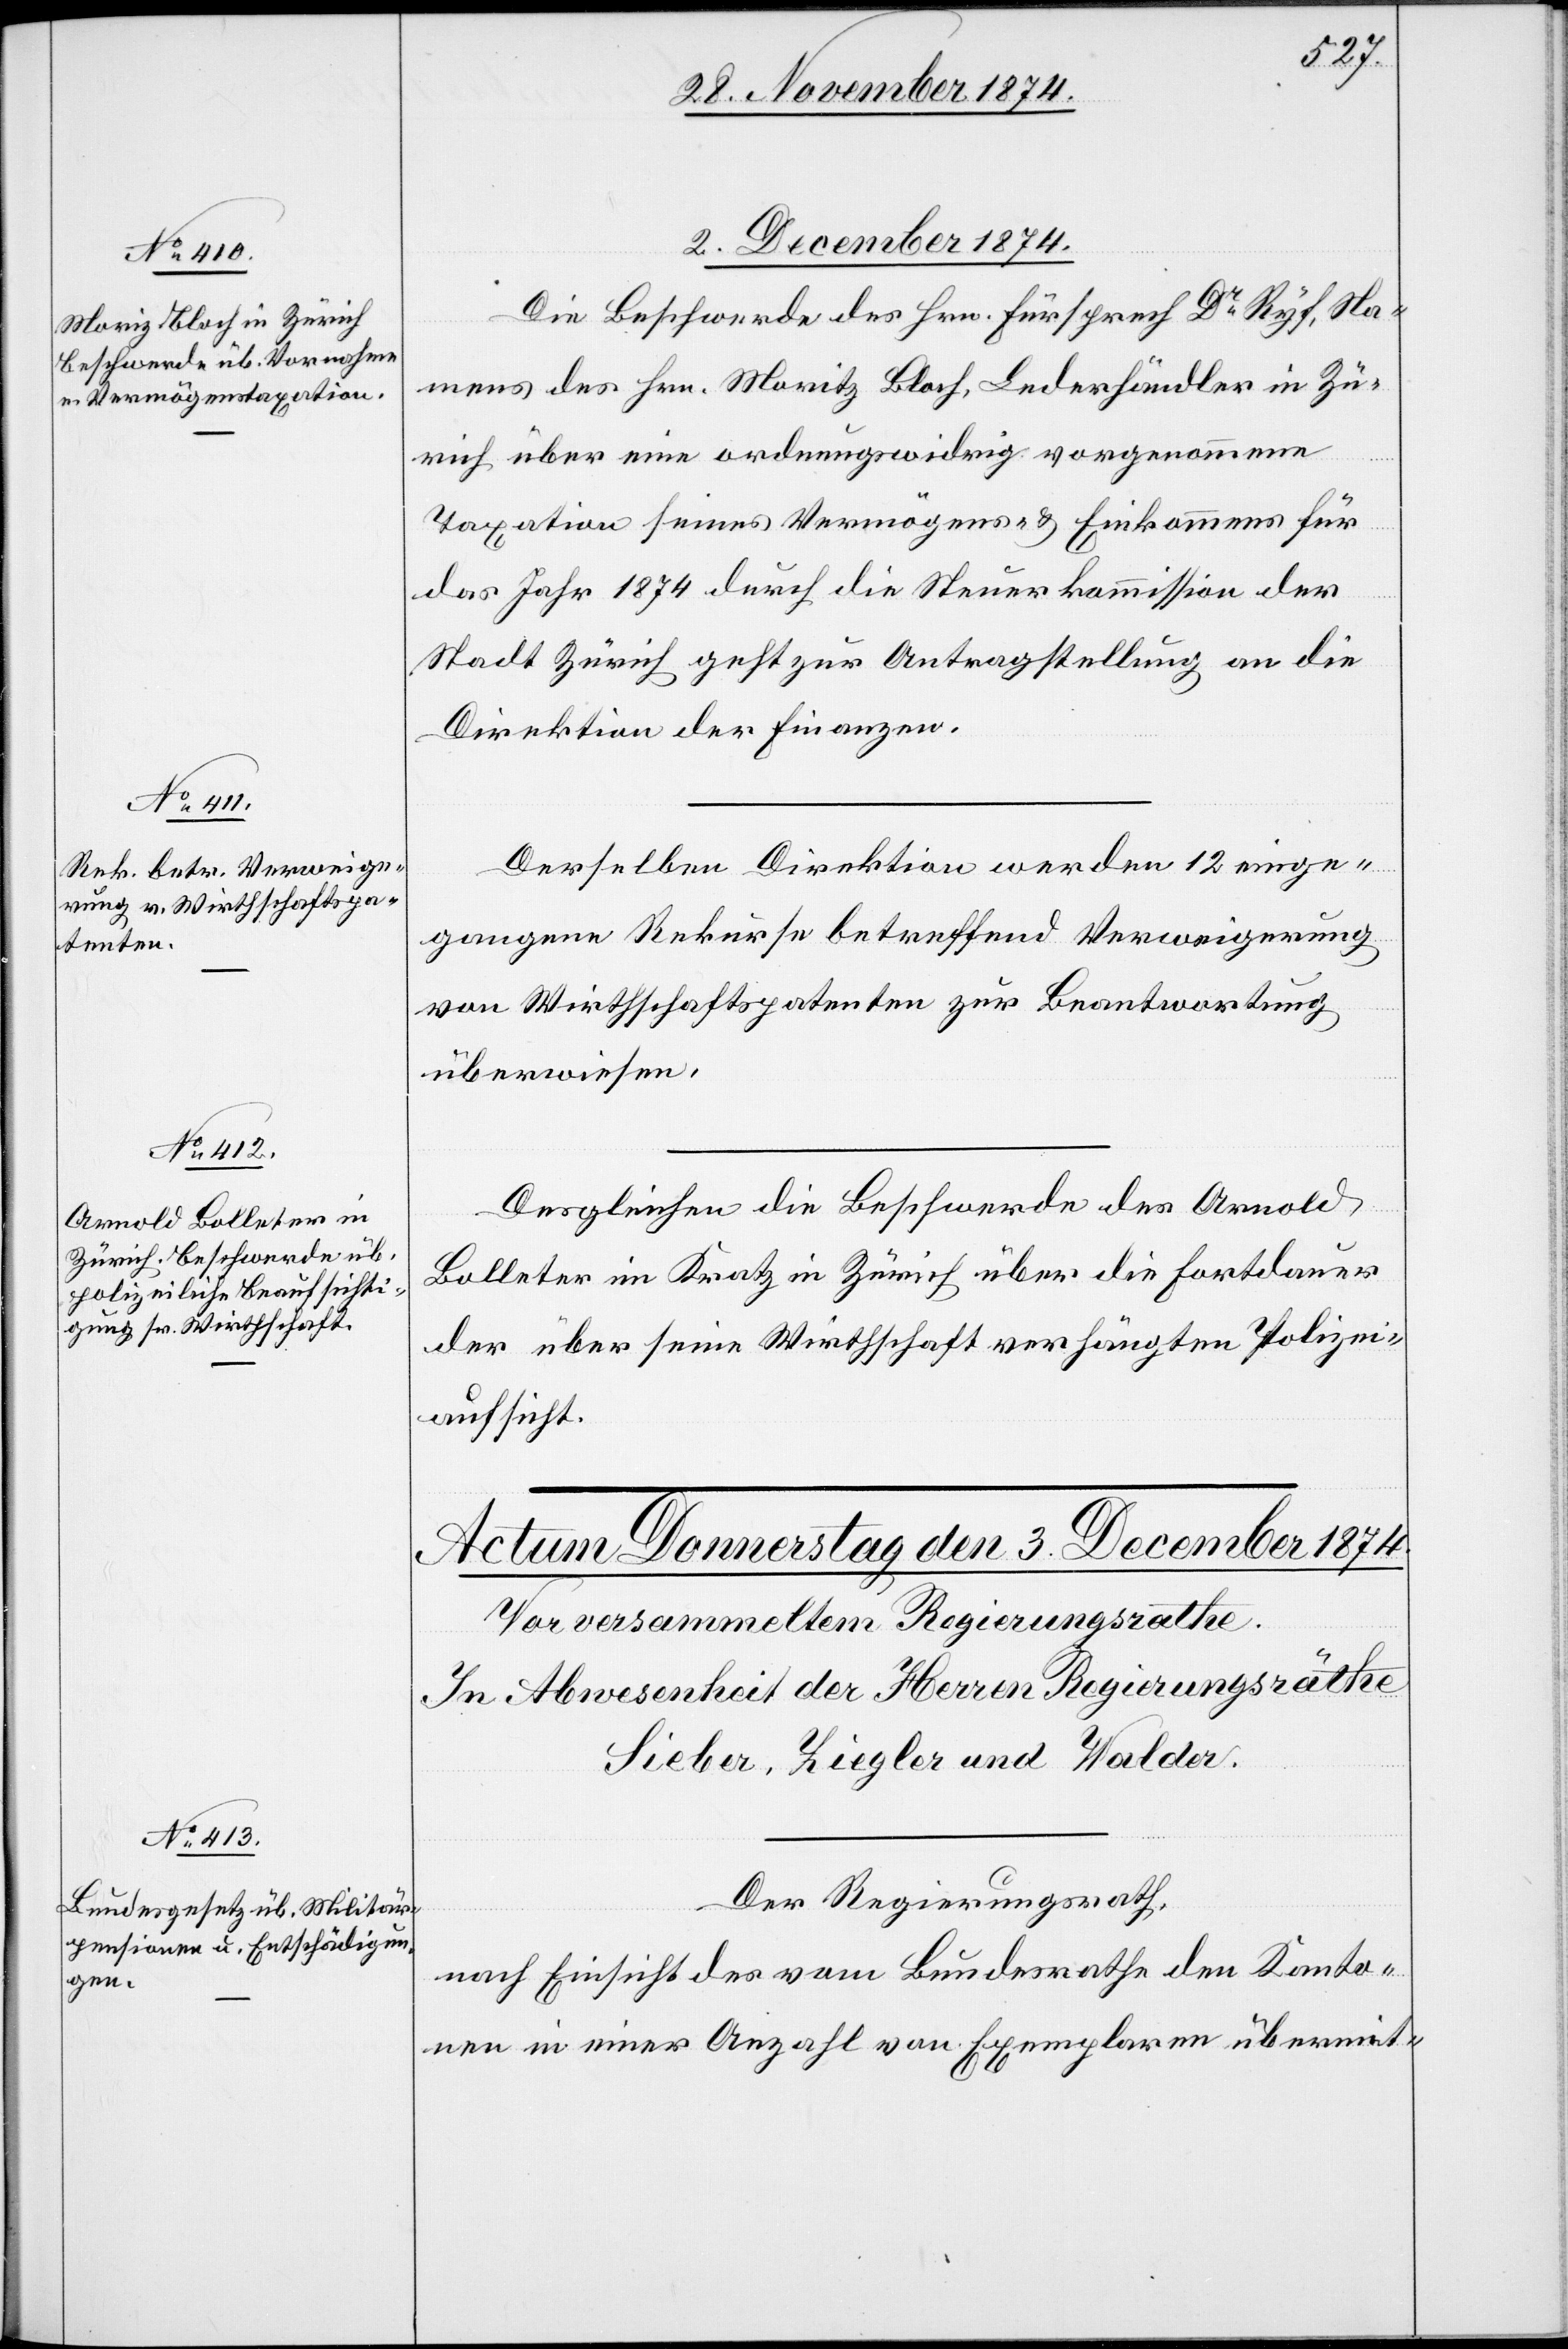
2. December 1874.]
Die Beschwerde des Hrn. Fürsprech Dr Ryf, Na¬
mens des Hrn. Moritz [sic!] Bloch, Lederhändler in Zü¬
rich über eine ordnungswidrig vorgenommene
Taxation seines Vermögens- & Einkommens für
das Jahr 1874 durch die Steuerkommission der
Stadt Zürich geht zur Antragstellung an die
Direktion der Finanzen.
Derselben Direktion werden 12 einge¬
gangene Rekurse betreffend Verweigerung
von Wirthschaftspatenten zur Beantwortung
überwiesen.
Desgleichen die Beschwerde des Arnold
Bolleter im Kratz in Zürich über die Fortdauer
der über seine Wirthschaft verhängten Polizei¬
aufsicht.
Der Regierungsrath,
nach Einsicht des vom Bundesrathe den Kanto¬
nen in einer Anzahl von Exemplaren übermit-